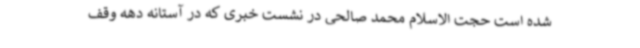
شده است حجت الاسلام محمد صالحی در نشست خبری که در آستانه دهه وقف